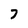
Character: 7